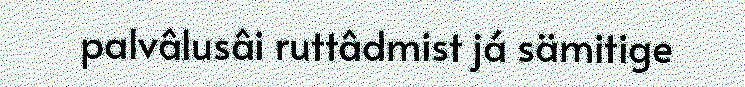
palvâlusâi ruttâdmist já sämitige